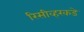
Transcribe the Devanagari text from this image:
रिसीव्हरकडे